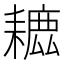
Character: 𦔗